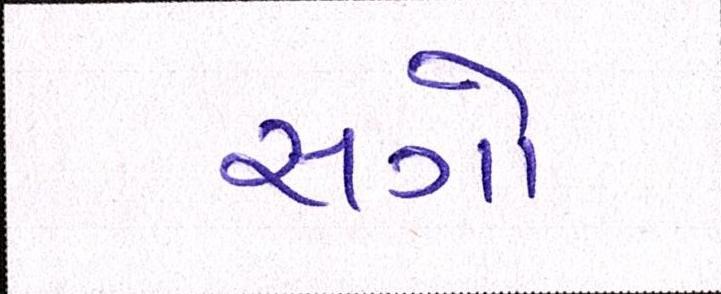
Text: સગો